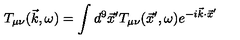
T _ { \mu \nu } ( \vec { k } , \omega ) = \int d ^ { 9 } \vec { x } ^ { \prime } T _ { \mu \nu } ( \vec { x } ^ { \prime } , \omega ) e ^ { - i \vec { k } \cdot \vec { x } ^ { \prime } }